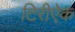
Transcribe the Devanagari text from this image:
टिरीऐक